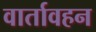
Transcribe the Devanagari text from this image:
वार्तावहन